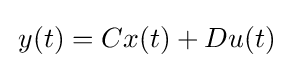
\,y(t)=Cx(t)+Du(t)